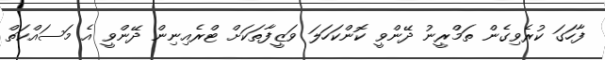
ފާހަގަ ކުރެވިގެން ތަމްރީނު ދޭންވީ ކޮންކަހަލަ ވަޒީފާތަކަށް ޓްރެއިނިން ދޭންވީ އެ މަސައްކަތް